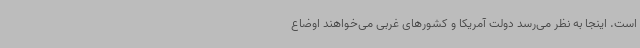
است. اینجا به نظر می‌رسد دولت آمریکا و کشورهای غربی می‌خواهند اوضاع